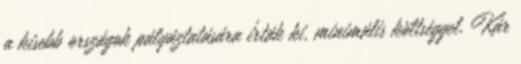
a kisebb országok pályáztatására írták ki, minimális költséggel. Kár